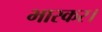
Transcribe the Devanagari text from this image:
भास्कर।